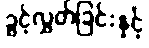
ခွင့်လွှတ်ခြင်းနှင့်